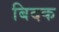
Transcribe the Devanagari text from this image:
बिदक